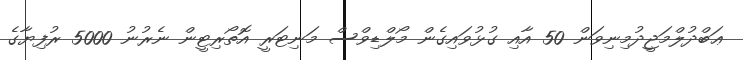
ޢަބްދުލްމަޖީދުމިނިވަން 50 އާއި ގުޅުވައިގެން މޯލްޑިވްސް މަނިޓަރީ އޮތޯރިޓީން ނެރުނު 5000 ރުފިޔާގެ